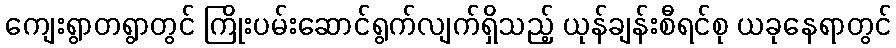
ကျေးရွာတရွာတွင် ကြိုးပမ်းဆောင်ရွက်လျက်ရှိသည့် ယုန်ချန်းစီရင်စု ယခုနေရာတွင်